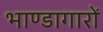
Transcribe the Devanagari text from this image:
भाण्डागारों